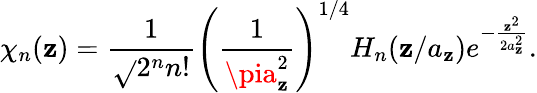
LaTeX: \chi_{n}(\mathbf{z})=\frac{{1}}{{\sqrt{}{{2^{n}n!}}}}\left(\frac{{1}}{{\pia_{\mathbf{z}}^{2}}}\right)^{1/4}H_{n}(\mathbf{z}/a_{\mathbf{z}})e^{-\frac{{\mathbf{z}^{2}}}{{2a_{\mathbf{z}}^{2}}}}.